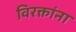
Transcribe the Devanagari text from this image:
विरक्तांना